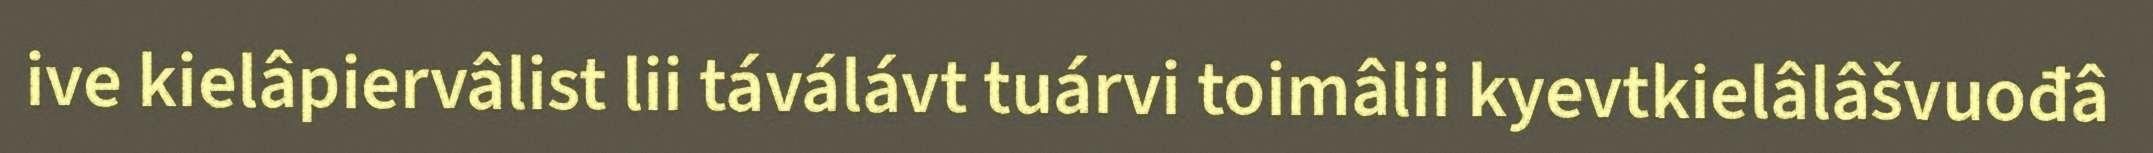
ive kielâpiervâlist lii táválávt tuárvi toimâlii kyevtkielâlâšvuođâ